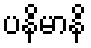
ပနိမာနိ